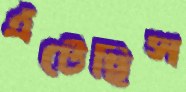
এঁটেছিস